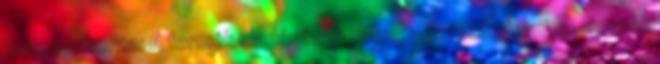
hely, csatorna: A termék eladásának helye, a kereskedelmi csatornák